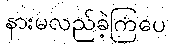
နားမလည်ခဲ့ကြပေ